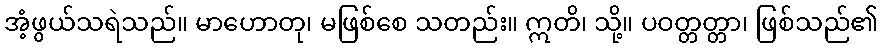
အံ့ဖွယ်သရဲသည်။ မာဟောတု၊ မဖြစ်စေ သတည်း။ ဣတိ၊ သို့။ ပဝတ္တတ္တာ၊ ဖြစ်သည်၏